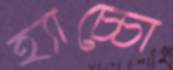
হ্যাচ্চো